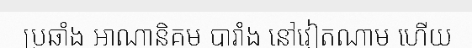
ប្រឆាំង អាណានិគម បារាំង នៅវៀតណាម ហើយ